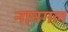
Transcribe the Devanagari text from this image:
नानगल